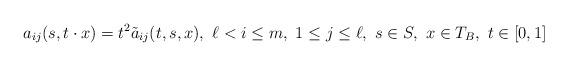
LaTeX: \begin{align*}a_{ij}(s,t\cdot x)=t^2\tilde a_{ij}(t,s,x),\ \ell<i\leq m,\ 1\leq j\leq \ell,\ s\in S,\ x\in T_B,\ t\in[0,1] \end{align*}